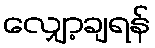
လျှော့ချရန်